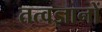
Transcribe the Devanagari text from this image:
तत्वज्ञानों